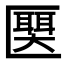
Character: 𫧛